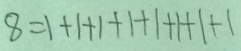
8 = 1 + 1 + 1 + 1 + 1 + 1 + 1 + 1